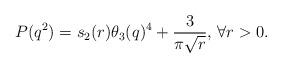
LaTeX: \begin{align*}P(q^2)=s_2(r)\theta_3(q)^4+\frac{3}{\pi\sqrt{r}}\textrm{, }\forall r>0.\end{align*}